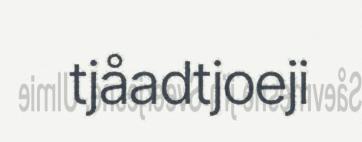
tjåadtjoeji